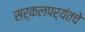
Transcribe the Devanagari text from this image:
सर्कलपर्यंतचे